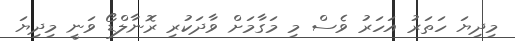
މިދިޔަ ހަތަރު އަހަރު ވެސް މި މަގާމަށް ވާދަކުރި ރޮނާލްޑޯ ވަނީ މިދިޔަ